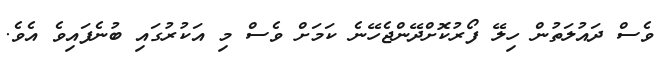
ވެސް ދައުލަތުން ހިލޭ ފޯރުކޮށްދޭންޖެހޭނެ ކަމަށް ވެސް މި އަކުރުގައި ބުނެފައިވެ އެވެ.